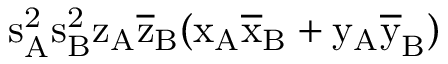
\mathrm { s _ { A } ^ { 2 } \mathrm { s _ { B } ^ { 2 } \mathrm { z _ { A } \mathrm { \overline { { z } } _ { B } ( \mathrm { x _ { A } \mathrm { \overline { { x } } _ { B } + \mathrm { y _ { A } \mathrm { \overline { { y } } _ { B } ) } } } } } } } }